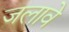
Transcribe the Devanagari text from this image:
जलावे